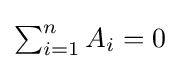
{\textstyle \sum _{i=1}^{n}A_{i}=0}